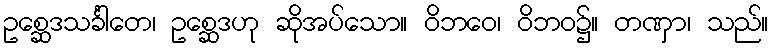
ဥစ္ဆေဒသင်္ခါတေ၊ ဥစ္ဆေဒဟု ဆိုအပ်သော။ ဝိဘဝေ၊ ဝိဘဝ၌။ တဏှာ၊ သည်။